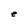
Character: e